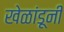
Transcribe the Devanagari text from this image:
खेळांडूनी